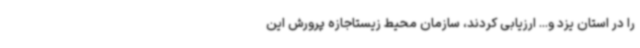
را در استان یزد و... ارزیابی کردند، سازمان محیط زیستاجازه پرورش این